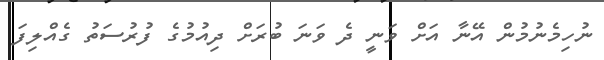
ނުހިމެނުމުން އޭނާ އަށް ވަނީ ދެ ވަނަ ބުރަށް ދިއުމުގެ ފުރުސަތު ގެއްލިފަ